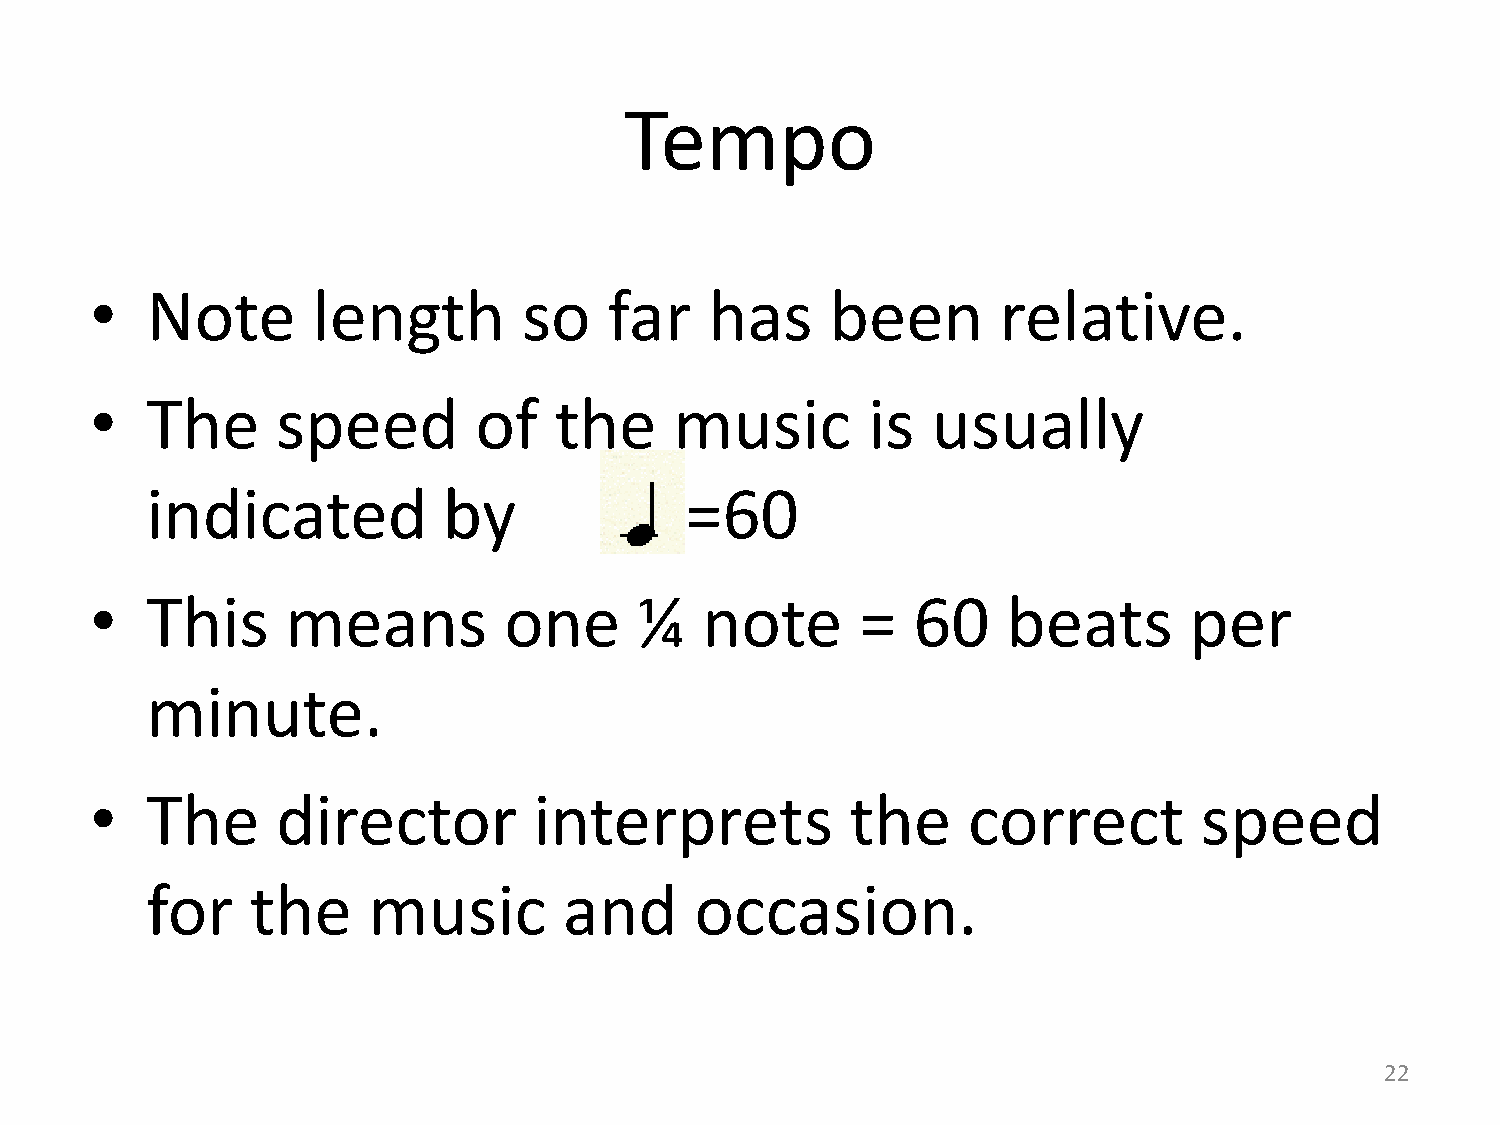
Tempo
 •   Note       length        so   far    has     been       relative.
 •   The     speed        of    the     music       is   usually
 indicated          by              =60
 •   This     means         one      ¼   note       =  60     beats       per
 minute.
 •   The     director         interprets           the     correct        speed
 for    the    music        and      occasion.
 22